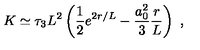
K \simeq \tau _ { 3 } L ^ { 2 } \left( \frac { 1 } { 2 } e ^ { 2 r / L } - \frac { a _ { 0 } ^ { 2 } } { 3 } \frac { r } { L } \right) \ ,